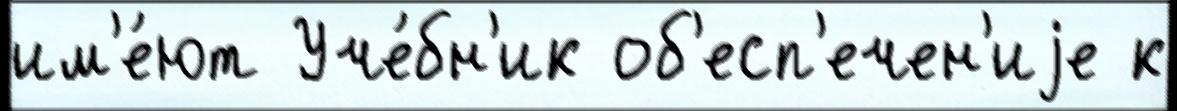
им'е́ют Уче́бн'ик об'есп'ечен'иjе к